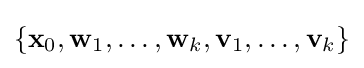
\{\mathbf {x} _{0},\mathbf {w} _{1},\dots ,\mathbf {w} _{k},\mathbf {v} _{1},\dots ,\mathbf {v} _{k}\}